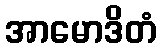
အာမောဒိတံ